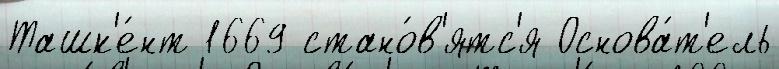
Ташк'е́нт 1669 стано́в'ятс'я Основа́т'ель